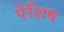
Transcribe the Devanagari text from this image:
पेशिष